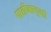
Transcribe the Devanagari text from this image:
पाठीमागूनही